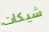
شيكات